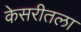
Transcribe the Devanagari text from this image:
केसरीतला